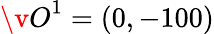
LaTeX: {\v O}^{1}=(0,-100)